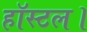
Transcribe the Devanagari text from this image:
हॉस्टल।